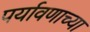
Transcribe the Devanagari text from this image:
पर्यावणाच्या